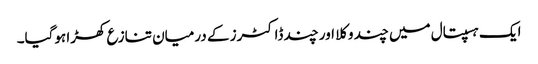
ایک ہسپتال میں چند وکلا اور چند ڈاکٹرز کے درمیان تنازع کھڑا ہوگیا۔